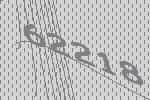
62218